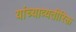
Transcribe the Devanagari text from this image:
यांच्याव्यतीरिक्त